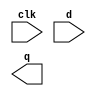
module my_dff8 ( 
    input clk, 
    input [7:0] d, 
    output [7:0] q );
endmodule

module mux4to1(
    input [7:0]a, b, c, d,
    input [1:0]sel,
    output reg[7:0]out
);
    always@(*)
    begin
        case(sel)
            2'b00:  out = a;
            2'b01:  out = b;
            2'b10:  out = c;
            2'b11:  out = d;
            default: out = a;
        endcase
    end

endmodule

module top_module(
    input clk,
    input [7:0]d,
    input [1:0]sel,
    output [7:0]q
);
    wire [7:0]q1, q2, q3;

    my_dff8 dff1(clk, d, q1);
    my_dff8 dff2(clk, q1, q2);
    my_dff8 dff3(clk, q2, q3);
    mux4to1 mux(d, q1, q2, q3, sel, q); 

endmodule